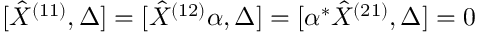
[ \hat { X } ^ { ( 1 1 ) } , \Delta ] = [ \hat { X } ^ { ( 1 2 ) } \alpha , \Delta ] = [ \alpha ^ { * } \hat { X } ^ { ( 2 1 ) } , \Delta ] = 0